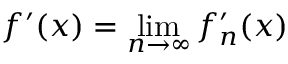
f ^ { \prime } ( x ) = \operatorname* { l i m } _ { n \to \infty } f _ { n } ^ { \prime } ( x )